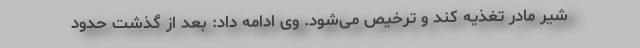
شیر مادر تغذیه کند و ترخیص می‌شود. وی ادامه داد: بعد از گذشت حدود